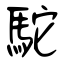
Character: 駝